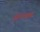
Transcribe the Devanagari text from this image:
अॅल्बम